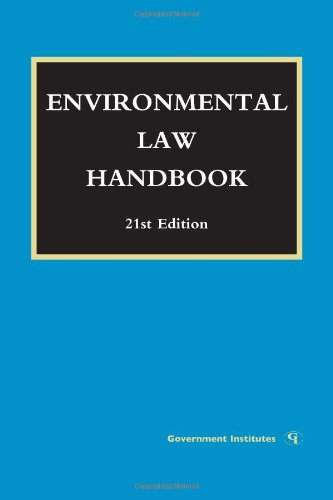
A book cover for Environmental Law Handbook; Daniel M. Steinway; Law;